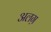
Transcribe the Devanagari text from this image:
अलग़